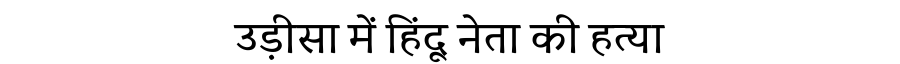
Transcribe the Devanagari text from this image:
उड़ीसा में हिंदू नेता की हत्या